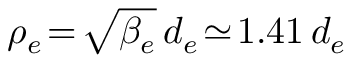
\rho _ { e } \! = \! \sqrt { \beta _ { e } } \, d _ { e } \! \simeq \! 1 . 4 1 \, d _ { e }